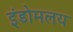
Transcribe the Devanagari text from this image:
इंडोमलय